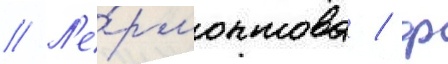
// Л'е́рмонтова / ф